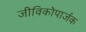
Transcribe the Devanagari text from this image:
जीविकोपार्जक